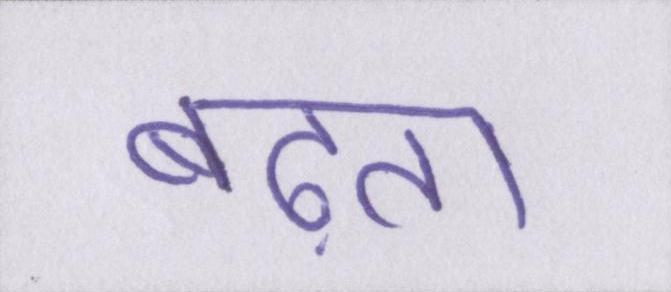
बढ़ता